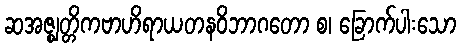
ဆအဇ္ဈတ္တိကဗာဟိရာယတနဝိဘာဂတော စ၊ ခြောက်ပါးသော